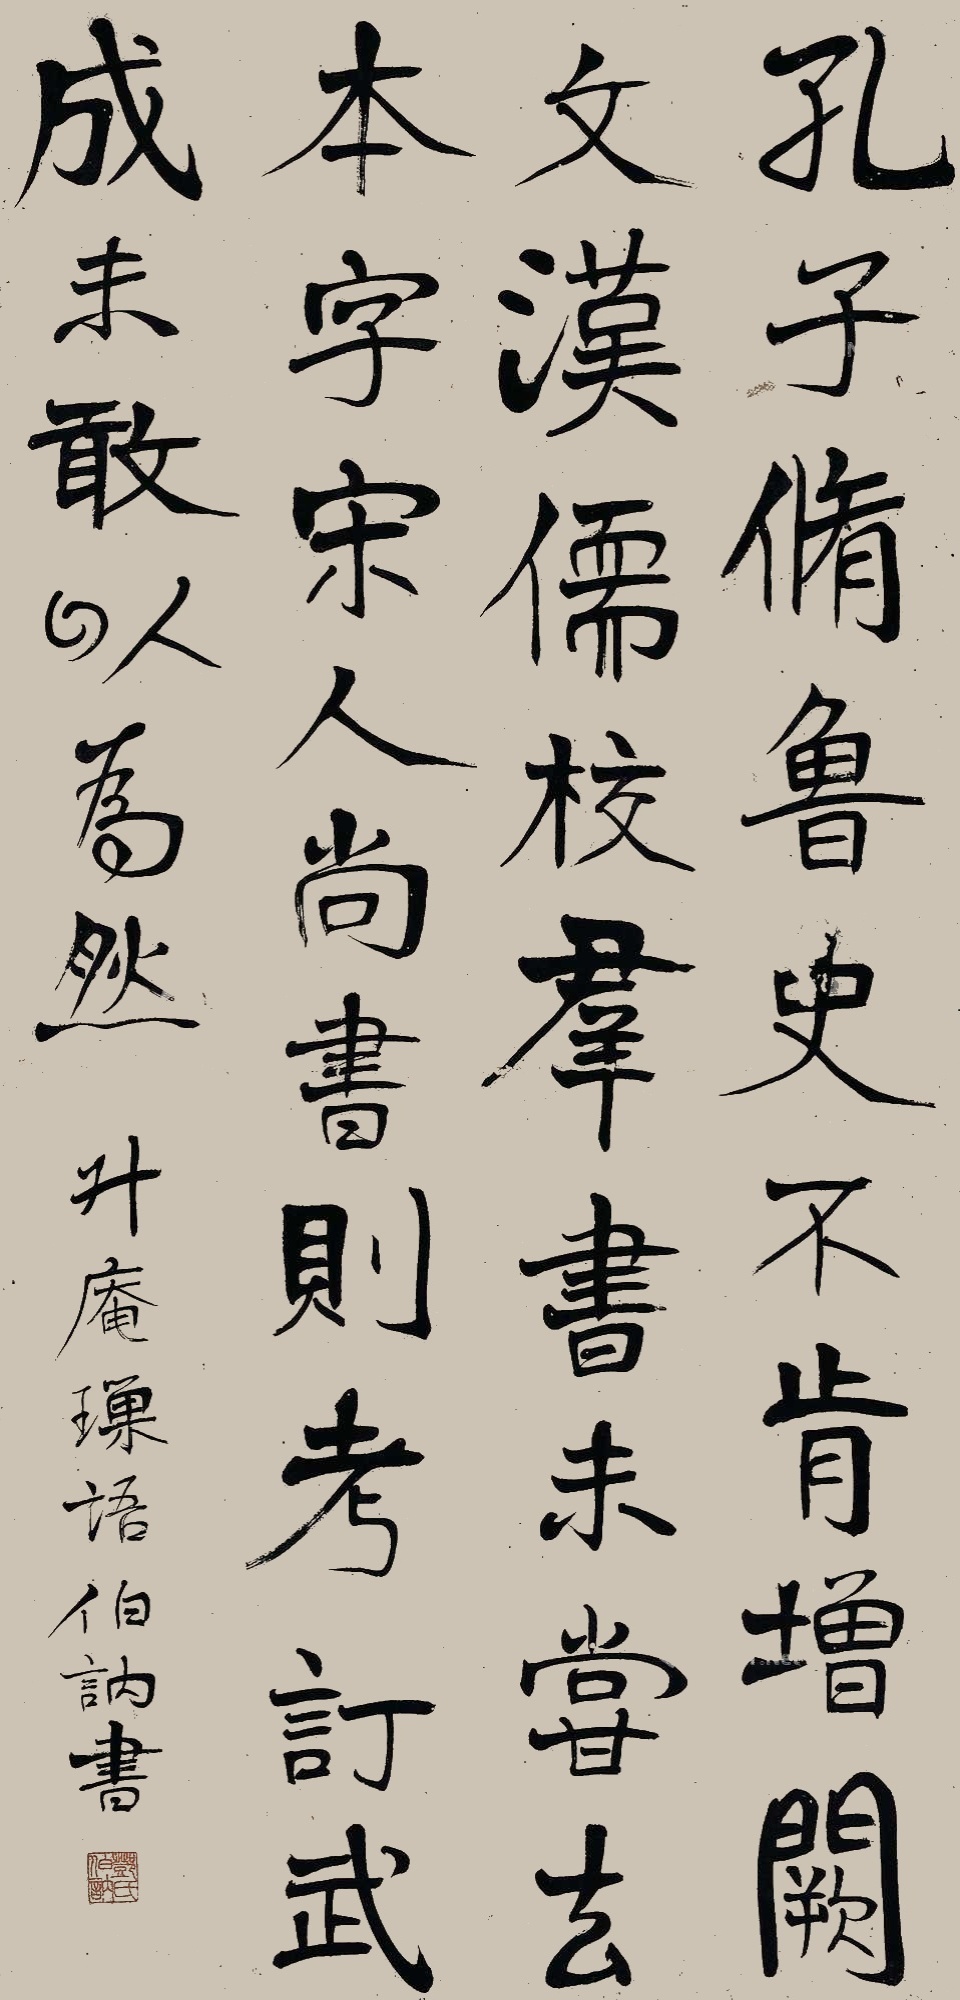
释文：孔子修鲁史，不肯增阙文。汉儒校群书，未尝去本字。宋人尚书则考订，武成未敢以为然。升庵璅语，伯讷书。